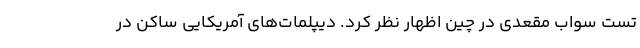
تست سواب مقعدی در چین اظهار نظر کرد. دیپلمات‌های آمریکایی ساکن در